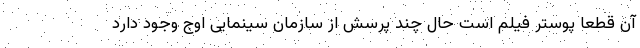
آن قطعا پوستر فیلم است حال چند پرسش از سازمان سینمایی اوج وجود دارد